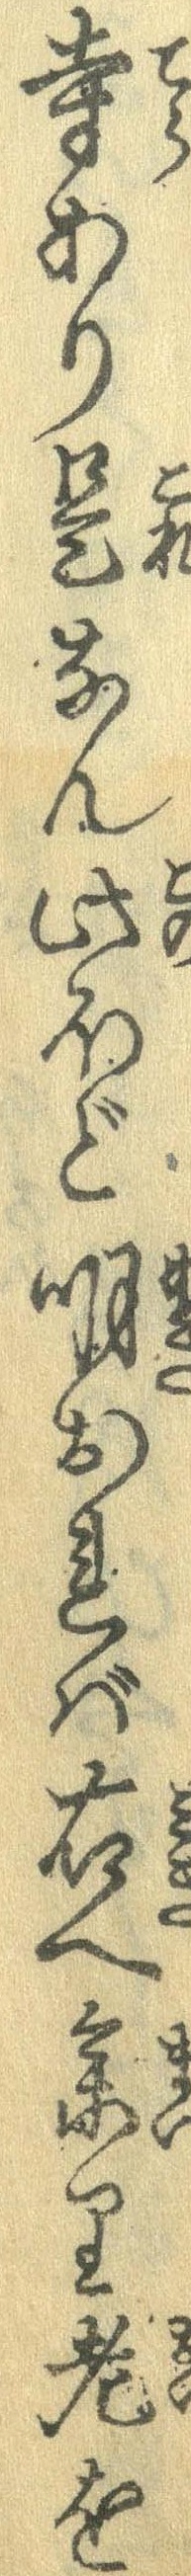
寺あり是なん此ほど明おれば右へ参り老を